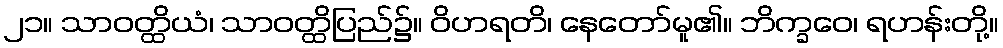
၂၁။ သာဝတ္ထိယံ၊ သာဝတ္ထိပြည်၌။ ဝိဟရတိ၊ နေတော်မူ၏။ ဘိက္ခဝေ၊ ရဟန်းတို့။